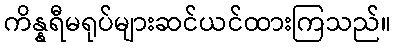
ကိန္နရီမရုပ်များဆင်ယင်ထားကြသည်။